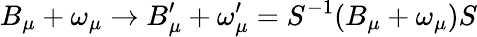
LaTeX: B_{\mu}+\omega_{\mu}\rightarrow B_{\mu}^{\prime}+\omega_{\mu}^{\prime}=S^{-1}(B_{\mu}+\omega_{\mu})S